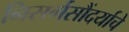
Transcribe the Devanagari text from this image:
निसर्गसौंदर्याचे